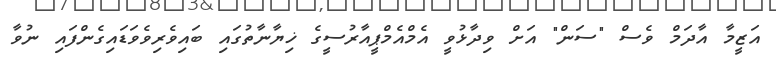
އަޒީމާ އާދަމް ވެސް "ސަން" އަށް ވިދާޅުވީ އެމްއެމްޕީއާރުސީގެ ޚިޔާނާތުގައި ބައިވެރިވެވަޑައިގެންފައި ނުވާ